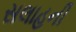
સલાહની